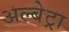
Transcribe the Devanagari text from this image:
अल्बेट्रा